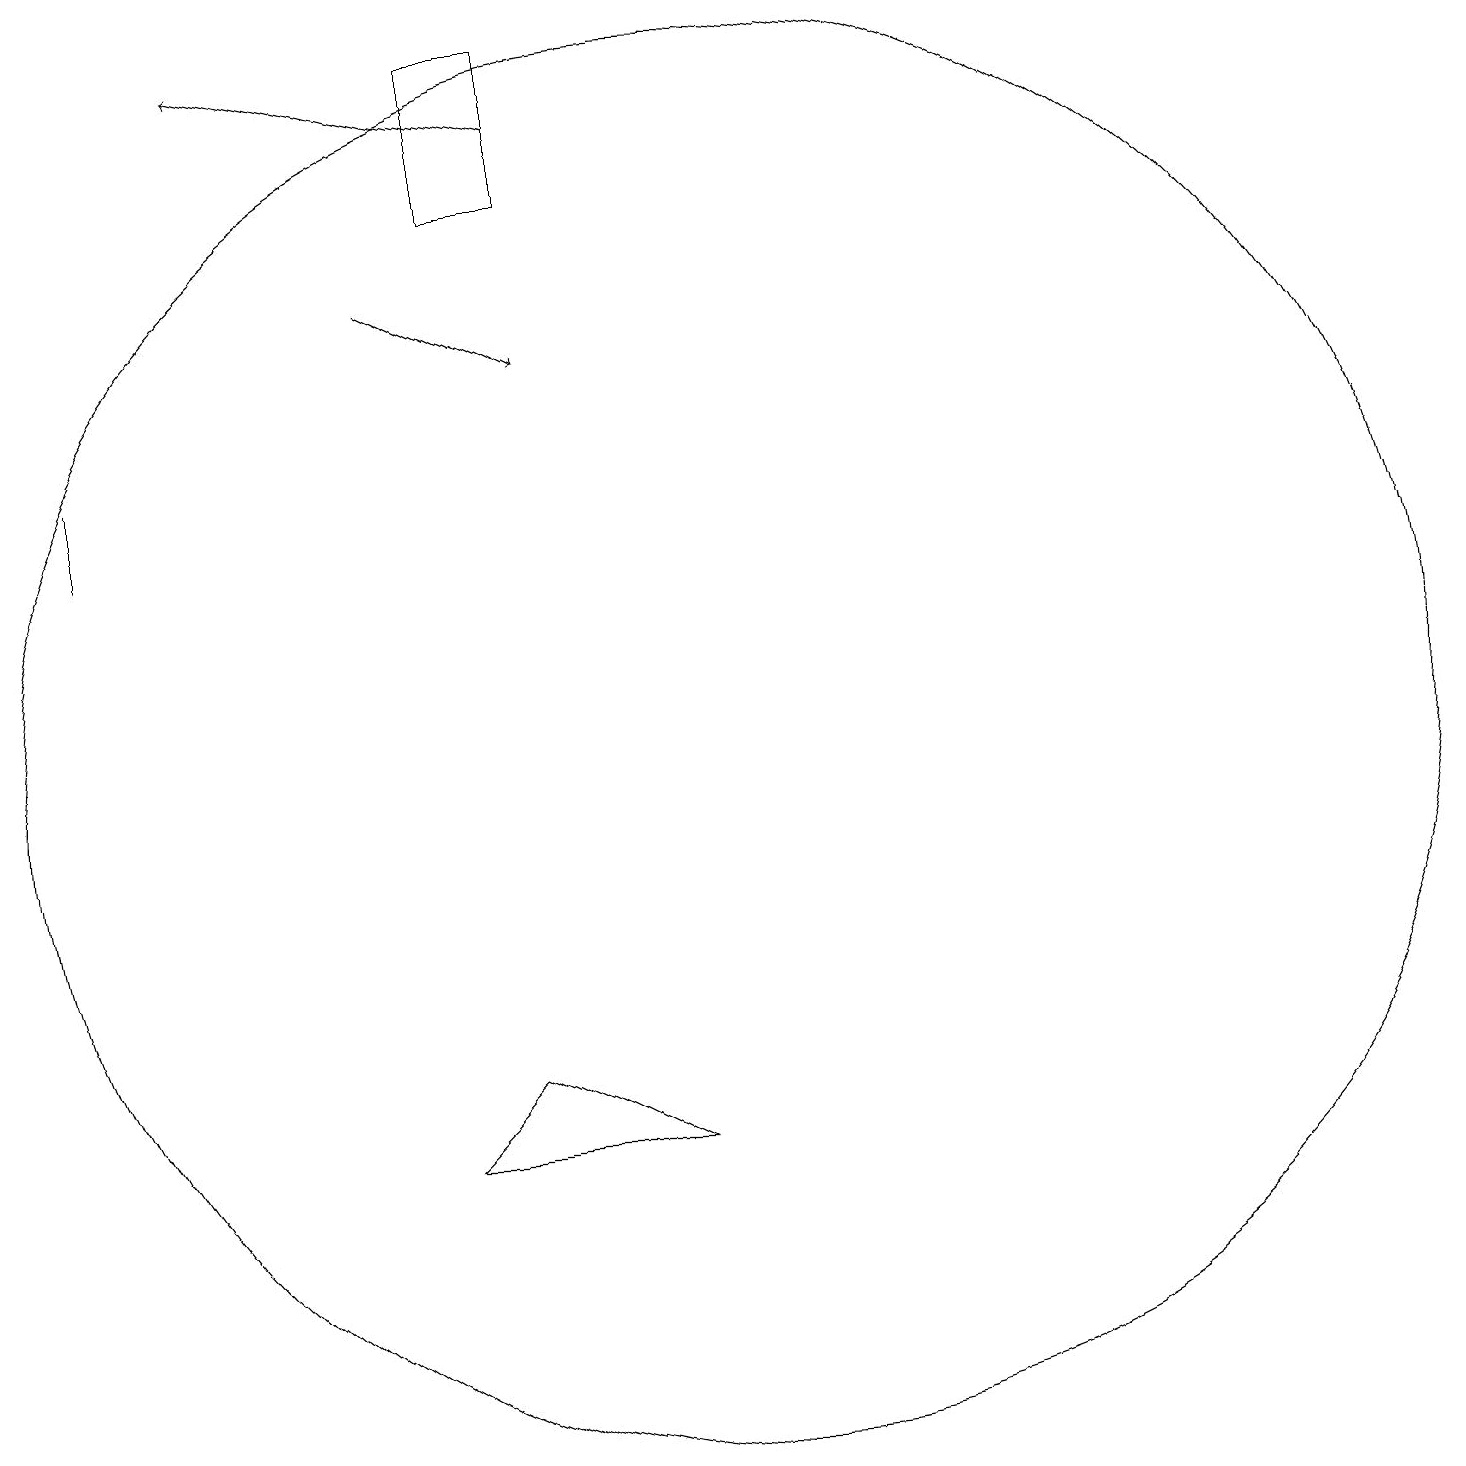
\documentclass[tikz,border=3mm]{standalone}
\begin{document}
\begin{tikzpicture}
\draw (8,19) rectangle (7,17);
\draw[->] (8,18) -- (4,19);
\draw (2,13) rectangle (2,14);
\draw (10,10) circle (9);
\draw (9,5) -- (6,5) -- (7,6) -- cycle;
\draw[->] (6,16) -- (8,15);
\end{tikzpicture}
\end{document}